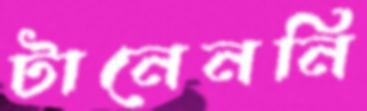
টানেননি